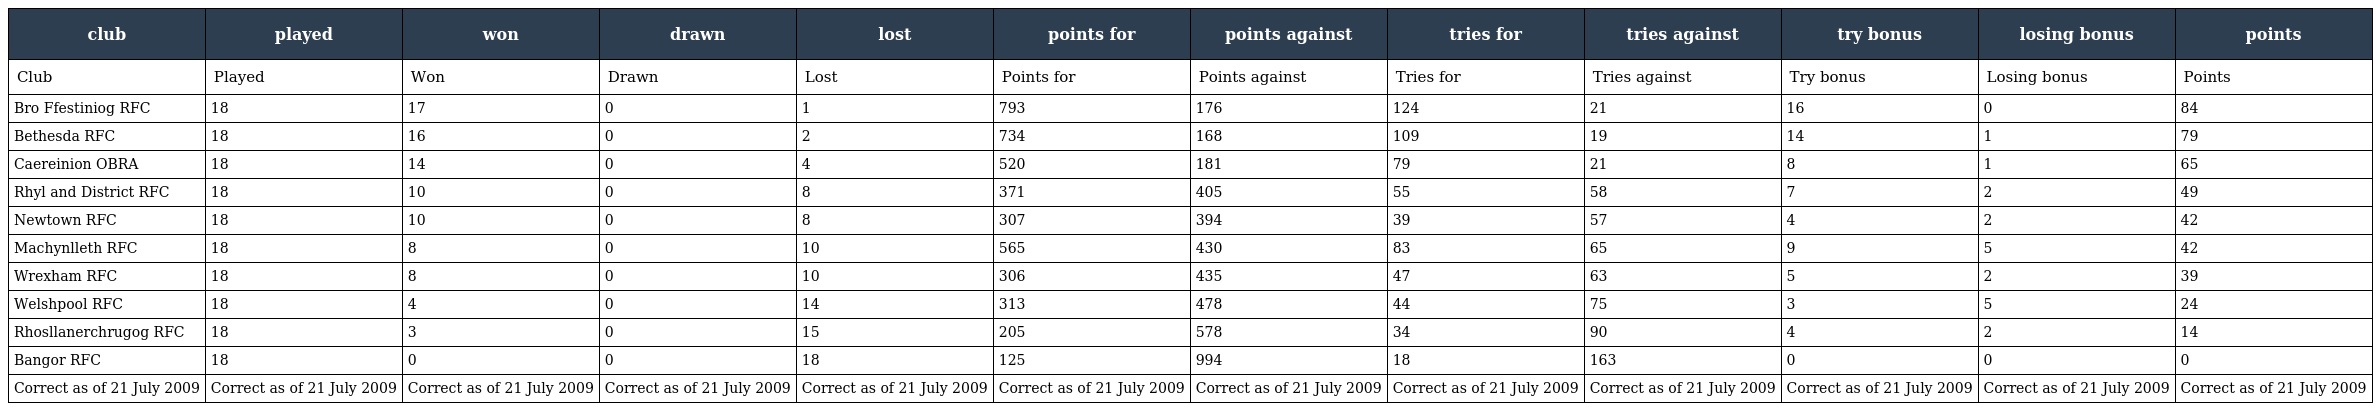
| club | played | won | drawn | lost | points for | points against | tries for | tries against | try bonus | losing bonus | points |
 | --- | --- | --- | --- | --- | --- | --- | --- | --- | --- | --- | --- |
 | Club | Played | Won | Drawn | Lost | Points for | Points against | Tries for | Tries against | Try bonus | Losing bonus | Points |
 | Bro Ffestiniog RFC | 18 | 17 | 0 | 1 | 793 | 176 | 124 | 21 | 16 | 0 | 84 |
 | Bethesda RFC | 18 | 16 | 0 | 2 | 734 | 168 | 109 | 19 | 14 | 1 | 79 |
 | Caereinion OBRA | 18 | 14 | 0 | 4 | 520 | 181 | 79 | 21 | 8 | 1 | 65 |
 | Rhyl and District RFC | 18 | 10 | 0 | 8 | 371 | 405 | 55 | 58 | 7 | 2 | 49 |
 | Newtown RFC | 18 | 10 | 0 | 8 | 307 | 394 | 39 | 57 | 4 | 2 | 42 |
 | Machynlleth RFC | 18 | 8 | 0 | 10 | 565 | 430 | 83 | 65 | 9 | 5 | 42 |
 | Wrexham RFC | 18 | 8 | 0 | 10 | 306 | 435 | 47 | 63 | 5 | 2 | 39 |
 | Welshpool RFC | 18 | 4 | 0 | 14 | 313 | 478 | 44 | 75 | 3 | 5 | 24 |
 | Rhosllanerchrugog RFC | 18 | 3 | 0 | 15 | 205 | 578 | 34 | 90 | 4 | 2 | 14 |
 | Bangor RFC | 18 | 0 | 0 | 18 | 125 | 994 | 18 | 163 | 0 | 0 | 0 |
 | Correct as of 21 July 2009 | Correct as of 21 July 2009 | Correct as of 21 July 2009 | Correct as of 21 July 2009 | Correct as of 21 July 2009 | Correct as of 21 July 2009 | Correct as of 21 July 2009 | Correct as of 21 July 2009 | Correct as of 21 July 2009 | Correct as of 21 July 2009 | Correct as of 21 July 2009 | Correct as of 21 July 2009 |